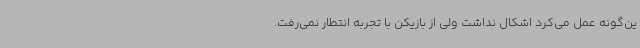
ین‌گونه عمل می‌کرد اشکال نداشت ولی از بازیکن با تجربه انتطار نمی‌رفت.